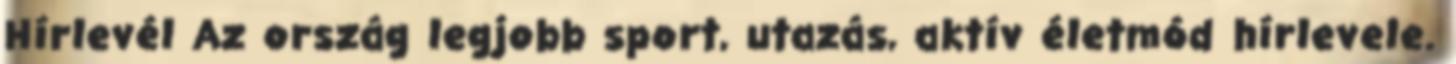
Hírlevél Az ország legjobb sport, utazás, aktív életmód hírlevele.